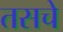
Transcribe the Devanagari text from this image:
तसचे